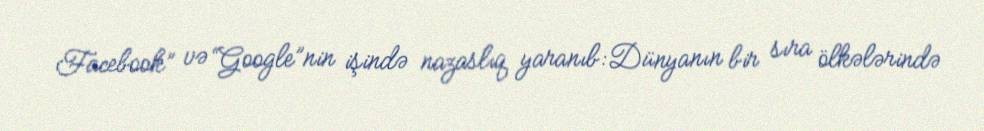
Facebook” və “Google”nin işində nazaslıq yaranıb:Dünyanın bir sıra ölkələrində